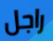
راجل